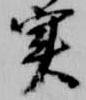
実